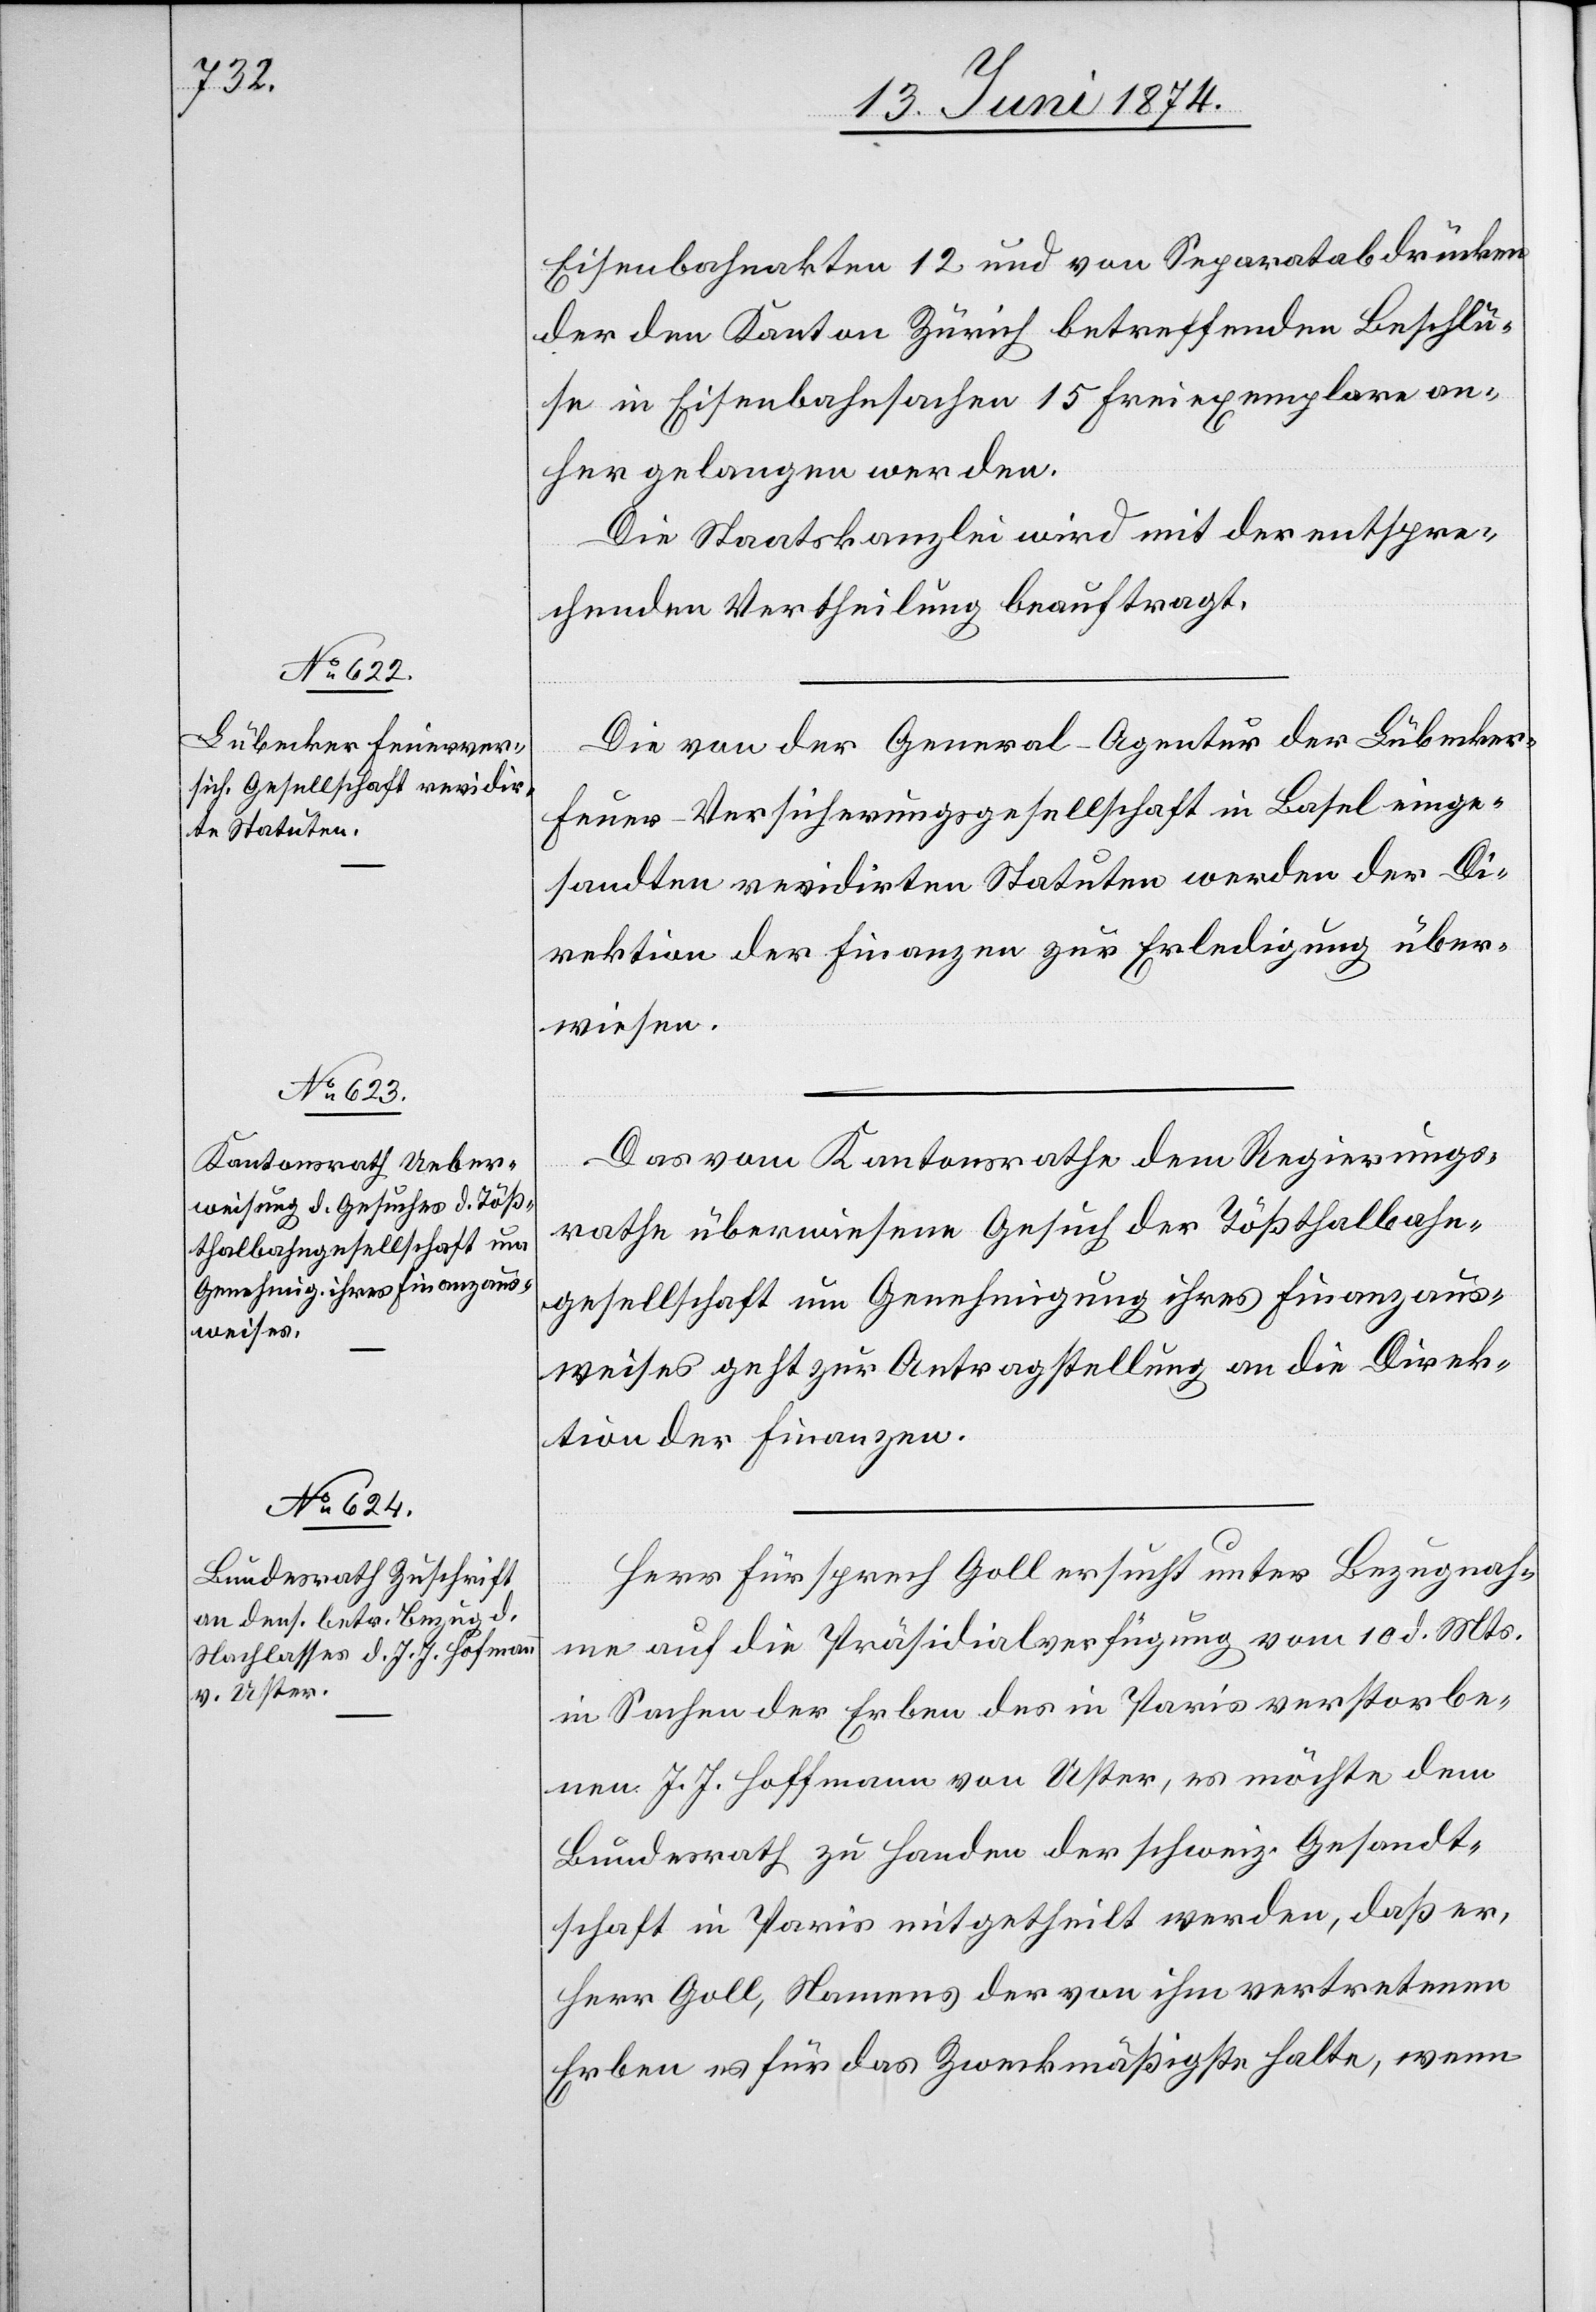
15. Juni 1874.]
Eisenbahnakten 12 und von Separatabdrücken
der den Kanton Zürich betreffenden Beschlü¬
s[s]e in Eisenbahnsachen 15 Freiexemplare an¬
her gelangen werden.
Die Staatskanzlei wird mit der entspre¬
chenden Vertheilung beauftragt.
Die von der General-Agentur der Lübecker
Feuer-Versicherungsgesellschaft in Basel einge¬
sandten revidirten Statuten werden der Di¬
rektion der Finanzen zur Erledigung über¬
wiesen.
Das vom Kantonsrathe dem Regierungs¬
rathe überwiesene Gesuch der Tößthalbahn¬
gesellschaft um Genehmigung ihres Finanzaus¬
weises geht zur Antragstellung an die Direk¬
tion der Finanzen.
Herr Fürsprech Goll ersucht unter Bezugnah¬
me auf die Präsidialverfügung vom 10. d. Mts.
in Sachen der Erben des in Paris verstorbe¬
nen J. J. Hoffmann [sic!] von Uster, es möchte dem
Bundesrath zu Handen der schweiz. Gesandt¬
schaft in Paris mitgetheilt werden, daß er,
Herr Goll, Namens der von ihm vertretenen
Erben es für das Zweckmäßigste halte, wenn